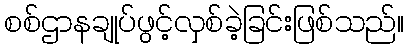
စစ်ဌာနချုပ်ဖွင့်လှစ်ခဲ့ခြင်းဖြစ်သည်။